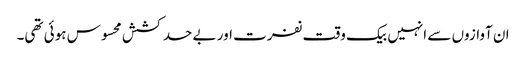
ان آوازوں سے انہیں بیک وقت نفرت اور بے حد کشش محسوس ہوئی تھی۔